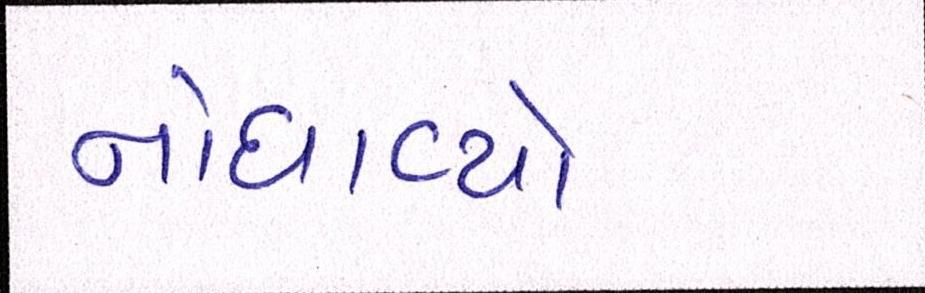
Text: નોધાવ્યો